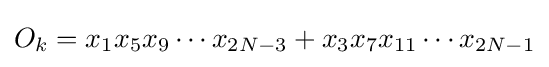
O_{k}=x_{1}x_{5}x_{9}\cdots x_{2N-3}+x_{3}x_{7}x_{11}\cdots x_{2N-1}